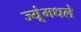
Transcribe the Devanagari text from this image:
ज्यूंमधले